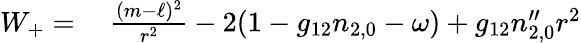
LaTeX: \begin{array}{rl}{W_{+}=}&{{}\ \frac{(m-\ell)^{2}}{r^{2}}-2(1-g_{12}n_{2,0}-\omega)+g_{12}n_{2,0}^{\prime\prime}r^{2}}\end{array}